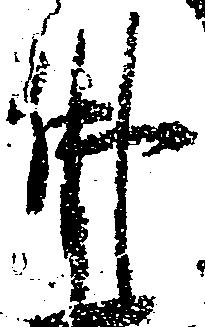
仏